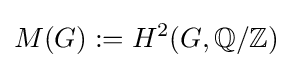
M(G):=H^{2}(G,\mathbb {Q} /\mathbb {Z} )